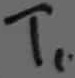
Text: T1